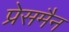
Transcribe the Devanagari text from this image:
प्रेसमैन